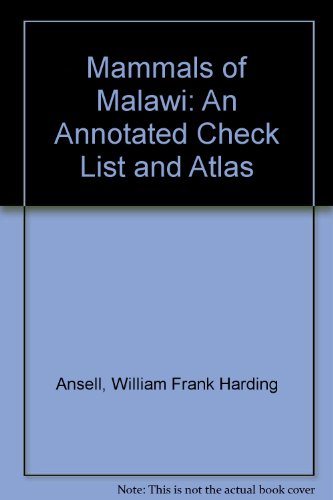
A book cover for Mammals of Malawi: An Annotated Check List and Atlas; William Frank Harding Ansell; Travel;